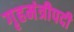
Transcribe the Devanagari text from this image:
गृहमंत्रीपदी